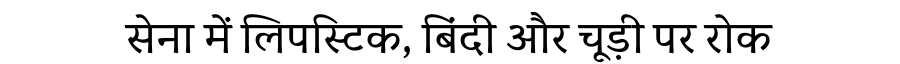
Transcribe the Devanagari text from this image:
सेना में लिपस्टिक, बिंदी और चूड़ी पर रोक